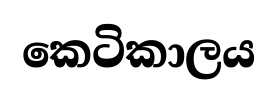
කෙටිකාලය